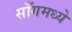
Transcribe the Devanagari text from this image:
साँगमध्ये